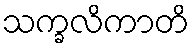
သက္ခလိကာတိ